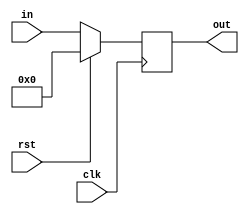
`timescale 1ns / 1ps
/////////////////////////////////////////////////////////////////////////////////
//  Michael Tangy                                                              // 
//  ECE 483-001                                                                //
//                                                                             //
//  7/14/2015                                                                  //
//                                                                             //
//  This file contains our intermediate instruction decode and execute         //
//  register for our single cycle and pipelined CPU's                          //
/////////////////////////////////////////////////////////////////////////////////

module ID_EX(

input clk,
input rst,
input [92:0] in,
output [92:0] out

);

reg [92:0] control;

assign out = control;
	
always @ (posedge clk)	begin	
	if(rst == 1)   
		begin
   	  	control <= 0;
		end
	else 
	
	   control <= in;
		
		/*control[31:0] <= in[31:0];        //A
		control[63:32] <= in[63:32];  	  //B
		control[64] <=  in[64];        	 //WE 
		control[68:65] <= in[68:65];     //ALU control  
		control[73:69] <= in[73:69];    //Destination Address
		control[74] <= in[74];         //Cin*/
		
	end



endmodule